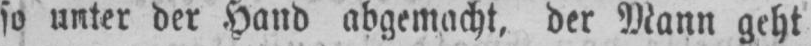
so unter der Hand abgemacht, der Mann geht